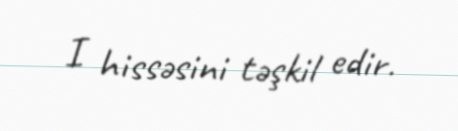
I hissəsini təşkil edir.